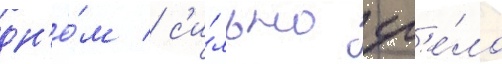
дн'ё́м / с'и́льно гр'е́ло